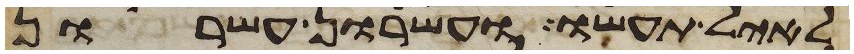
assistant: לאיל תעשו ועשרון עשרון